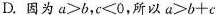
D.因为$$a > b$$，$$c < 0$$，所以$$a > b + c$$